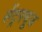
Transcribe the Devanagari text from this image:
सेंट्रफ्यूज